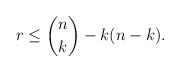
LaTeX: \begin{align*}r \leq \binom{n}{k} - k(n-k).\end{align*}